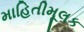
માહિતીમૂલક